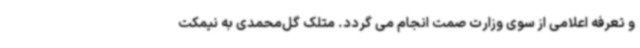
و تعرفه اعلامی از سوی وزارت صمت انجام می گردد. متلک گل‌محمدی به نیمکت